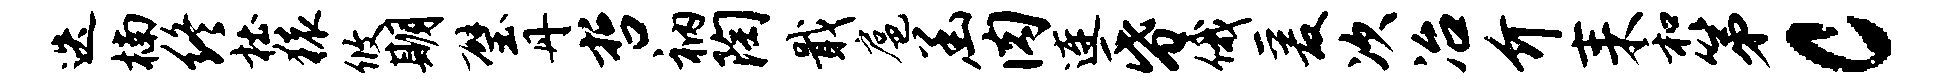
迭楠终杜猿攸期璧丹哲衲陶戢扈函肉连昏俄爰次冶介耒和第c